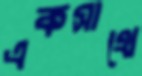
একসাথে